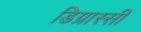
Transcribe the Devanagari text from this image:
डिग्रास्सी